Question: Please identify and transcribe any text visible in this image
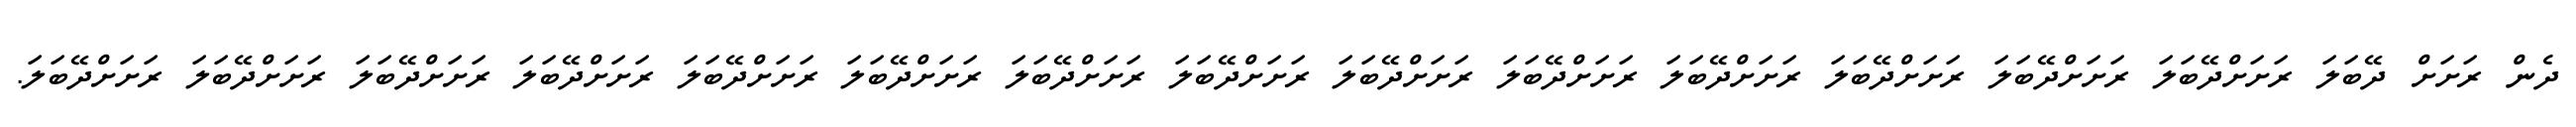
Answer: ދެން ރަށަށް ދޭބަލަ ރަށަށްދޭބަލަ ރަށަށްދޭބަލަ ރަށަށްދޭބަލަ ރަށަށްދޭބަލަ ރަށަށްދޭބަލަ ރަށަށްދޭބަލަ ރަށަށްދޭބަލަ ރަށަށްދޭބަލަ ރަށަށްދޭބަލަ ރަށަށްދޭބަލަ ރަށަށްދޭބަލަ ރަށަށްދޭބަލަ ރަށަށްދޭބަލަ ރަށަށްދޭބަލަ.